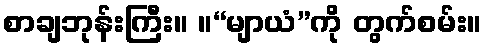
စာချဘုန်းကြီး။ ။“မျာယံ”ကို တွက်စမ်း။